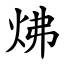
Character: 炥